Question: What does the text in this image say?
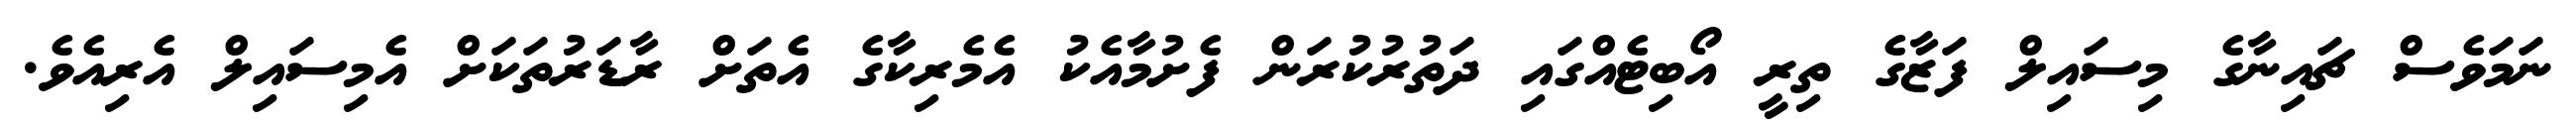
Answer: ނަމަވެސް ޗައިނާގެ މިސައިލް ފަޒާގެ ތިރީ އޯބިޓެއްގައި ދަތުރުކުރަން ފެށުމާއެކު އެމެރިކާގެ އެތަށް ރާޑަރުތަކަށް އެމިސައިލް އެރިއެވެ.